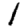
Digit: 1